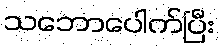
သဘောပေါက်ပြီး